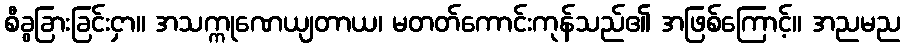
စီခွခြားခြင်းငှာ။ အသက္ကုဏေယျတာယ၊ မတတ်ကောင်းကုန်သည်၏ အဖြစ်ကြောင့်။ အညမည